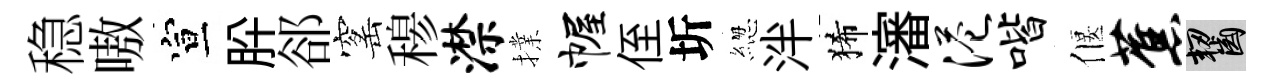
稳嗷宣肸郤窰𥠇潸擈幄侄圻緫泮狶瀋港喈偃蕉齧